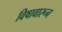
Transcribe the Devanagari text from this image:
विषावारून